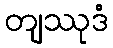
တျဿုဒံ